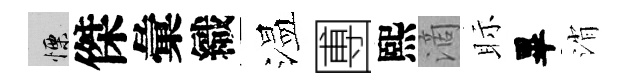
慄傑彙織温圑熙滴眎畢消